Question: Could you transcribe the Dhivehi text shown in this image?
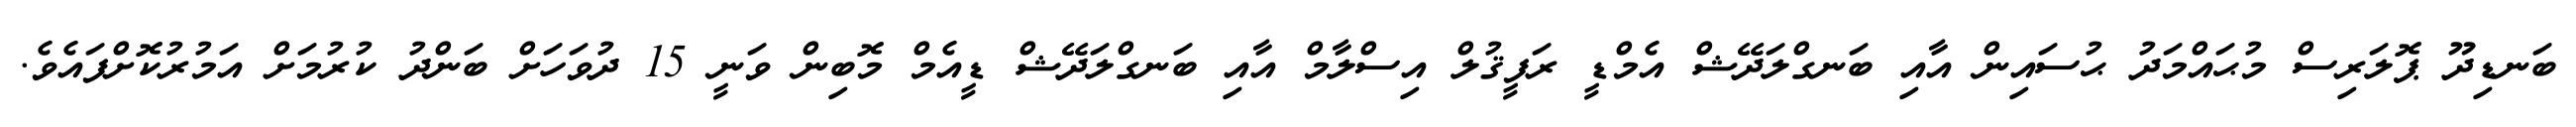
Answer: ބަނޑިދޫ ޕޮލަރިސް މުޙައްމަދު ޙުސައިން އާއި ބަނގްލަދޭޝް އެމްޑީ ރަފީޤުލް އިސްލާމް އާއި ބަނގްލަދޭޝް ޑީއެމް މޮބިން ވަނީ 15 ދުވަހަށް ބަންދު ކުރުމަށް އަމުރުކޮށްފައެވެ.